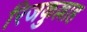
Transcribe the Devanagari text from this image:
रिजकुल्लाह